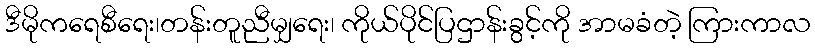
ဒီမိုကရေစီရေး၊တန်းတူညီမျှရေး၊ ကိုယ်ပိုင်ပြဌာန်းခွင့်ကို အာမခံတဲ့ ကြားကာလ